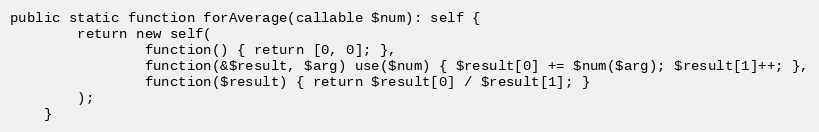
Language: PHP
public static function forAverage(callable $num): self {
        return new self(
                function() { return [0, 0]; },
                function(&$result, $arg) use($num) { $result[0] += $num($arg); $result[1]++; },
                function($result) { return $result[0] / $result[1]; }
        );
    }